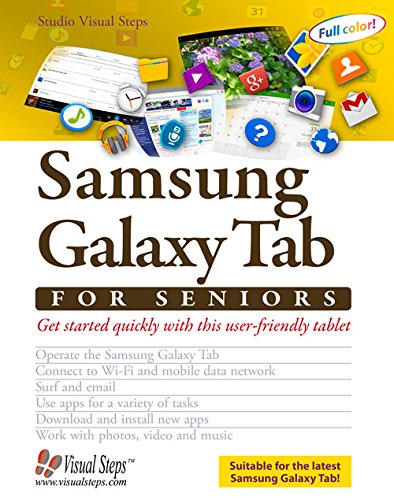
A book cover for Working with a Samsung Galaxy Tab with Android 5 for Seniors: Get Started Quickly with This User-Friendly Tablet (Computer Books for Seniors series); Studio Visual Steps; Computers & Technology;